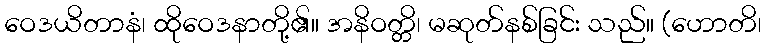
ဝေဒယိတာနံ၊ ထိုဝေဒနာတို့၏။ အနိဝတ္တိ၊ မဆုတ်နစ်ခြင်း သည်။ (ဟောတိ၊